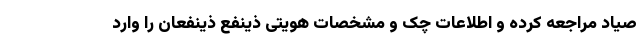
صیاد مراجعه کرده و اطلاعات چک و مشخصات هویتی ذینفع ذینفعان را وارد